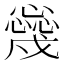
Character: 𢣳